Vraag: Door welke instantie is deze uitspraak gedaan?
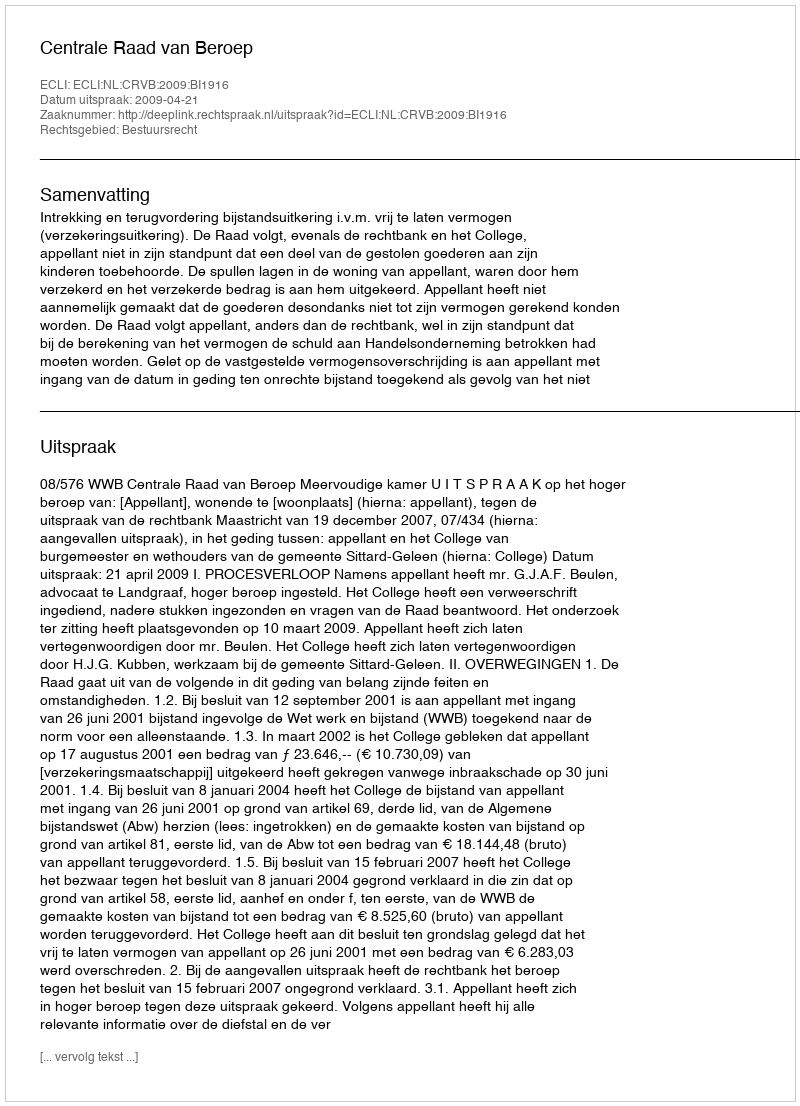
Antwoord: Centrale Raad van Beroep